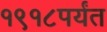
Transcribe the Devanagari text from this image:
१९१८पर्यंत